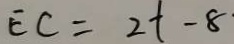
E C = 2 t - 8